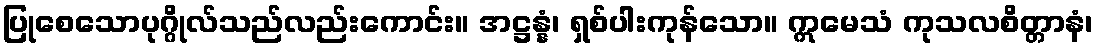
ပြုစေသောပုဂ္ဂိုလ်သည်လည်းကောင်း။ အဋ္ဌန္နံ၊ ရှစ်ပါးကုန်သော။ ဣမေသံ ကုသလစိတ္တာနံ၊